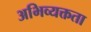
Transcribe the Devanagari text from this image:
अभिव्यक्तता